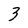
Character: 3